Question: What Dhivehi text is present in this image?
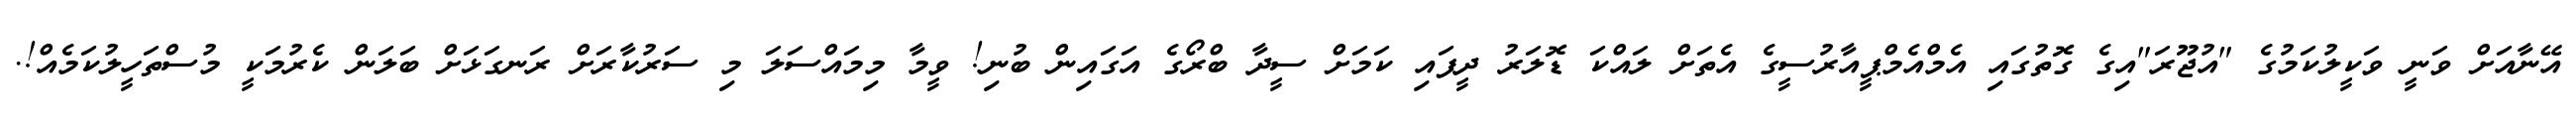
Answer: އޭނާއަށް ވަނީ ވަކީލުކަމުގެ "އުޖޫރަ"އިގެ ގޮތުގައި އެމްއެމްޕީއާރުސީގެ އެތަށް ލައްކަ ޑޮލަރު ދީފައި ކަމަށް ސީދާ ބްރޯގެ އަގައިން ބުނި! ވީމާ މިމައްސަލަ މި ސަރުކާރަށް ރަނގަޅަށް ބަލަން ކެރުމަކީ މުސްތަހީލުކަމެއް!.